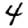
Digit: 4